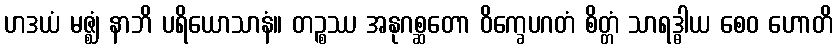
ဟဒယံ မဇ္ဈံ နာဘိ ပရိယောသာနံ။ တဉ္စဿ အနုဂစ္ဆတော ဝိက္ခေပဂတံ စိတ္တံ သာရဒ္ဓါယ စေဝ ဟောတိ